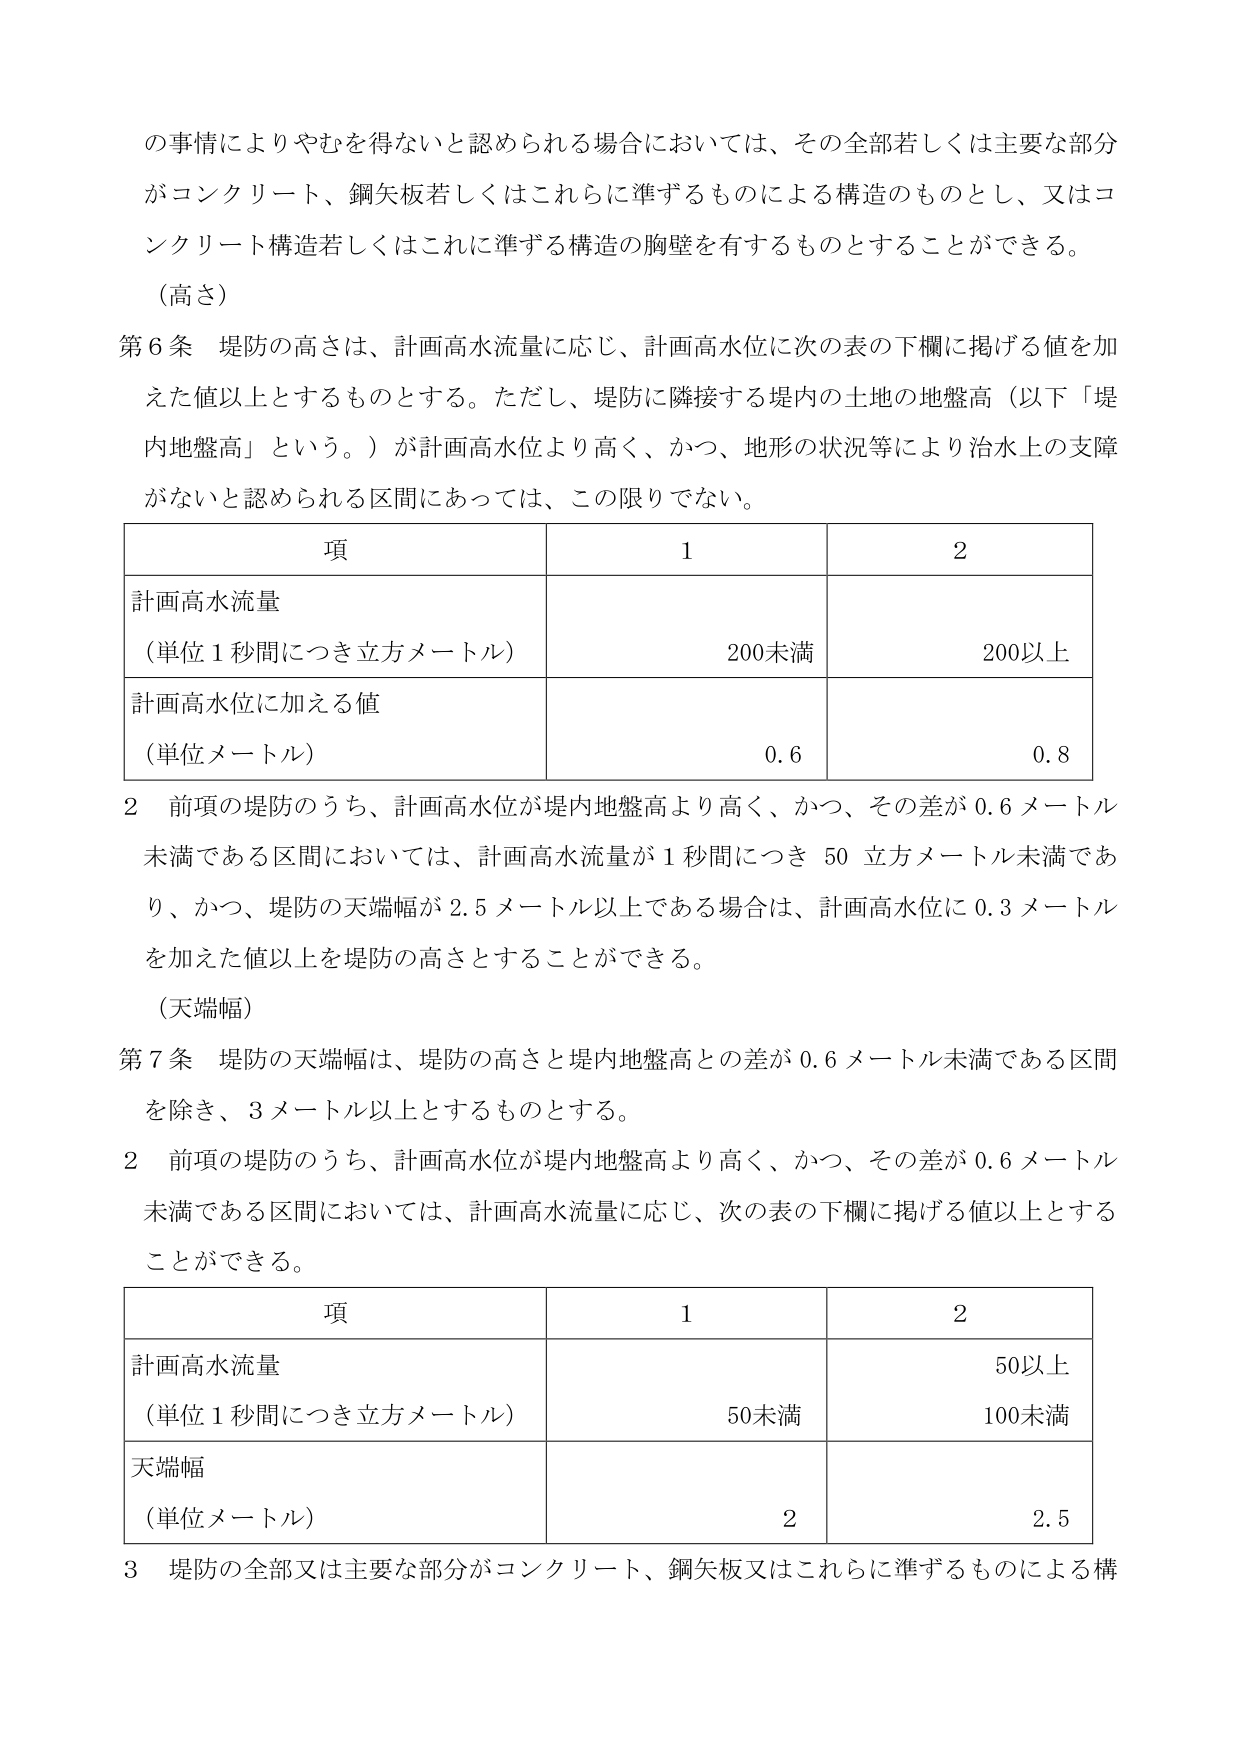
の事情によりやむを得ないと認められる場合においては、その全部若しくは主要な部分がコンクリート、鋼矢板若しくはこれらに準ずるものによる構造のものとし、又はコンクリート構造若しくはこれに準ずる構造の胸壁を有するものとすることができる。

（高さ）

第6条 堤防の高さは、計画高水流量に応じ、計画高水位に次の表の下欄に掲げる値を加えた値以上とするものとする。ただし、堤防に隣接する堤内の土地の地盤高（以下「堤内地盤高」という。）が計画高水位より高く、かつ、地形の状況等により治水上の支障がないと認められる区間にあっては、この限りでない。

| 項 | 1 | 2 |
|---|---|---|
| 計画高水流量<br>（単位1秒間につき立方メートル） | 200未満 | 200以上 |
| 計画高水位に加える値<br>（単位メートル） | 0.6 | 0.8 |

2 前項の堤防のうち、計画高水位が堤内地盤高より高く、かつ、その差が0.6メートル未満である区間においては、計画高水流量が1秒間につき50立方メートル未満であり、かつ、堤防の天端幅が2.5メートル以上である場合は、計画高水位に0.3メートルを加えた値以上を堤防の高さとすることができる。

（天端幅）

第7条 堤防の天端幅は、堤防の高さと堤内地盤高との差が0.6メートル未満である区間を除き、3メートル以上とするものとする。

2 前項の堤防のうち、計画高水位が堤内地盤高より高く、かつ、その差が0.6メートル未満である区間においては、計画高水流量に応じ、次の表の下欄に掲げる値以上とすることができる。

| 項 | 1 | 2 |
|---|---|---|
| 計画高水流量<br>（単位1秒間につき立方メートル） | 50未満 | 100未満 |
| 天端幅<br>（単位メートル） | 2 | 2.5 |

3 堤防の全部又は主要な部分がコンクリート、鋼矢板又はこれらに準ずるものによる構